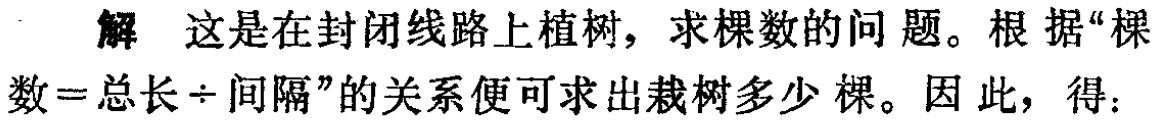
解 这是在封闭线路上植树，求棵数的问题。根据“棵数=总长÷间隔”的关系便可求出栽树多少棵。因此，得：